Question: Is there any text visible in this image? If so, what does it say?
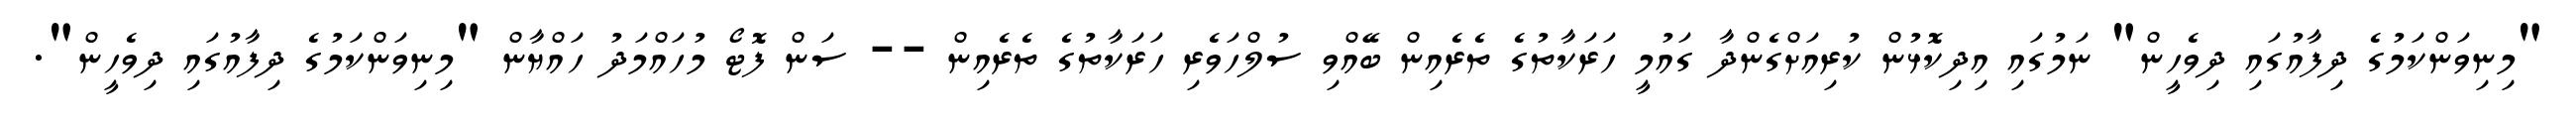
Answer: "މިނިވަންކަމުގެ ދިފާއުގައި ދިވެހީން" ނަމުގައި އިދިކޮޅުން ކުރިއަށްގެންދާ ގައުމީ ހަރަކާތުގެ ތެރެއިން ބޭއްވި ސުލްހަވެރި ހަރަކާތުގެ ތެރެއިން -- ސަން ފޮޓޯ މުހައްމަދު ހައްޔާން "މިނިވަންކަމުގެ ދިފާއުގައި ދިވެހީން".